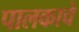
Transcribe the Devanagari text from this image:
पालकाचे